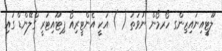
ލޫޓީއިނައިޒިންގ ހޯރމޯން ނުވަތަ ( ) އަކީ އެންޓީރިއޯ ޕިޓޫއިޓަރީ ގްލޭންޑް ގައި